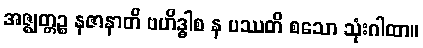
အဇ္ဈတ္တဉ္စ နဇာနာတိ ဗဟိဒ္ဓါစ န ပဿတိ စသော သုံးဂါထာ။